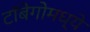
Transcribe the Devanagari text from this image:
टॉबेगोमध्ये